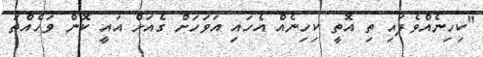
"ކިހިނެއްވެފައި ތި އޮތީ ކިހިނެއް އެހައި އަވަހަށް ގެއަށް އައީ ކޮން ވަހެއްތަ